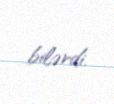
bilərdi.